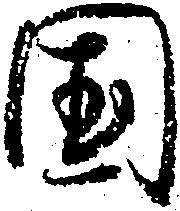
国